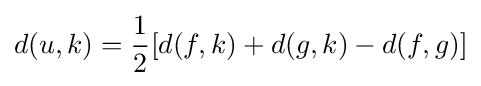
d(u,k)={\frac {1}{2}}[d(f,k)+d(g,k)-d(f,g)]